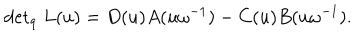
{ \det } _ { q } \; L ( u ) = D ( u ) A ( u \omega ^ { - 1 } ) - C ( u ) B ( u \omega ^ { - 1 } ) .